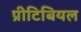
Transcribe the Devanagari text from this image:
प्रीटिबियल